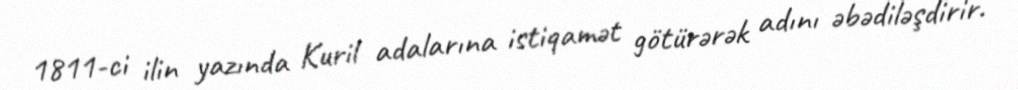
1811-ci ilin yazında Kuril adalarına istiqamət götürərək adını əbədiləşdirir.